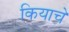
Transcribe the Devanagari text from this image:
कियाचे